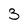
Character: 3